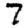
Digit: 7